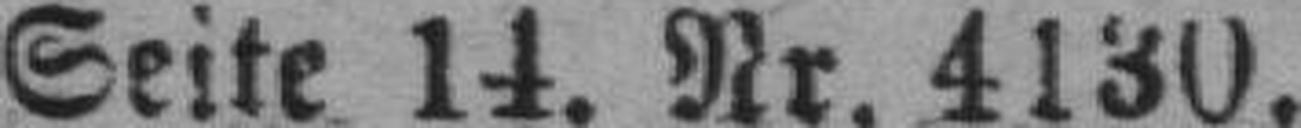
Seite 14. Nr. 4130.